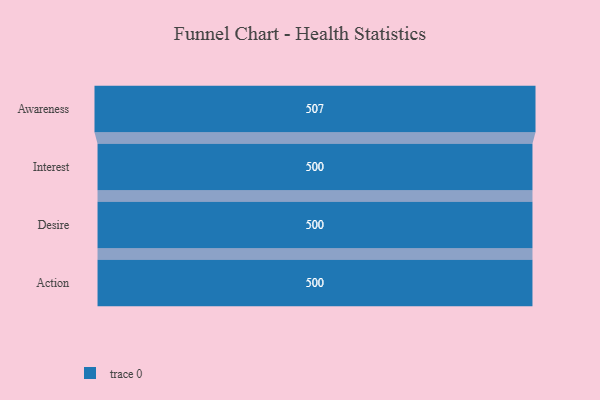
{"axis": {"x": "Stage", "y": "Value"}, "legend": [""], "data": [{"x": "Awareness", "y": 507.0, "type": ""}, {"x": "Interest", "y": 500, "type": ""}, {"x": "Desire", "y": 500, "type": ""}, {"x": "Action", "y": 500, "type": ""}]}